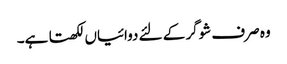
وہ صرف شوگر کے لئے دوائیاں لکھتا ہے۔